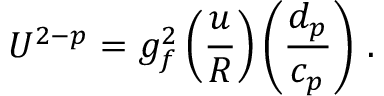
U ^ { 2 - p } = g _ { f } ^ { 2 } \left( { \frac { u } { \cal R } } \right) \left( { \frac { d _ { p } } { c _ { p } } } \right) \, .